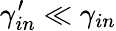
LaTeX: \gamma_{in}^{\prime}\ll\gamma_{in}